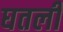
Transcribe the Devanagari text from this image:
घतली